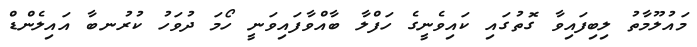
މައުލޫމާތު ލިބިފައިވާ ގޮތުގައި ކައިވެނީގެ ހަފްލާ ބާއްވާފައިވަނީ ހޯމަ ދުވަހު ކުރުނބާ އައިލެންޑް